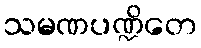
သမဏပဏ္ဍိတေ